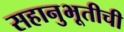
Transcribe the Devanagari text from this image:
सहानुभूतीची